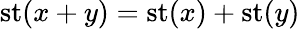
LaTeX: \operatorname{st}(x+y)=\operatorname{st}(x)+\operatorname{st}(y)